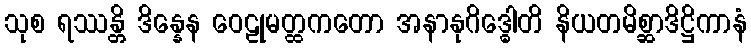
သုစ ရဿန္တိ ဒိန္နေန ဝေဠုမတ္ထကတော အနာနုဂိဒ္ဓေါတိ နိယတမိစ္ဆာဒိဋ္ဌိကာနံ